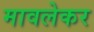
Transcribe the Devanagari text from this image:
मावलेकर